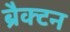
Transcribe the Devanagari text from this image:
ब्रैक्टन